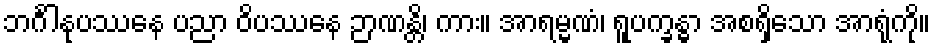
ဘင်္ဂါနုပဿနေ ပညာ ဝိပဿနေ ဉာဏန္တိ၊ ကား။ အာရမ္မဏံ၊ ရူပက္ခန္ဓာ အစရှိသော အာရုံကို။